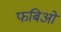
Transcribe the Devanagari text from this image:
फबिओ